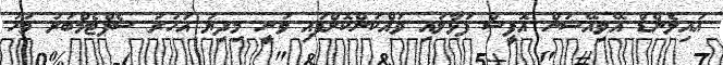
އައިލެންޑް އޭވިއޭޝަން އޮފީސް ފަޅާލައި ވައްކަންކޮށްފައި ވަނީ މިދިޔަ އަހަރު ސެޕްޓެމްބަރު މަހު